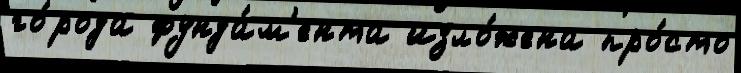
го́рода фунда́м'ента изло́жена про́сто